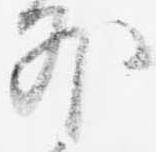
外